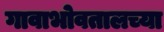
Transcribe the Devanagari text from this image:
गावाभोवतालच्या